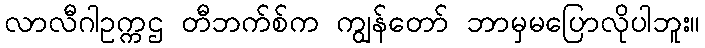
လာလီဂါဥက္ကဌ တီဘက်စ်က ကျွန်တော် ဘာမှမပြောလိုပါဘူး။